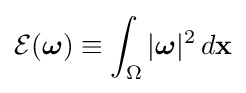
{\mathcal {E}}({\boldsymbol {\omega }})\equiv \int _{\Omega }|{\boldsymbol {\omega }}|^{2}\,d\mathbf {x}